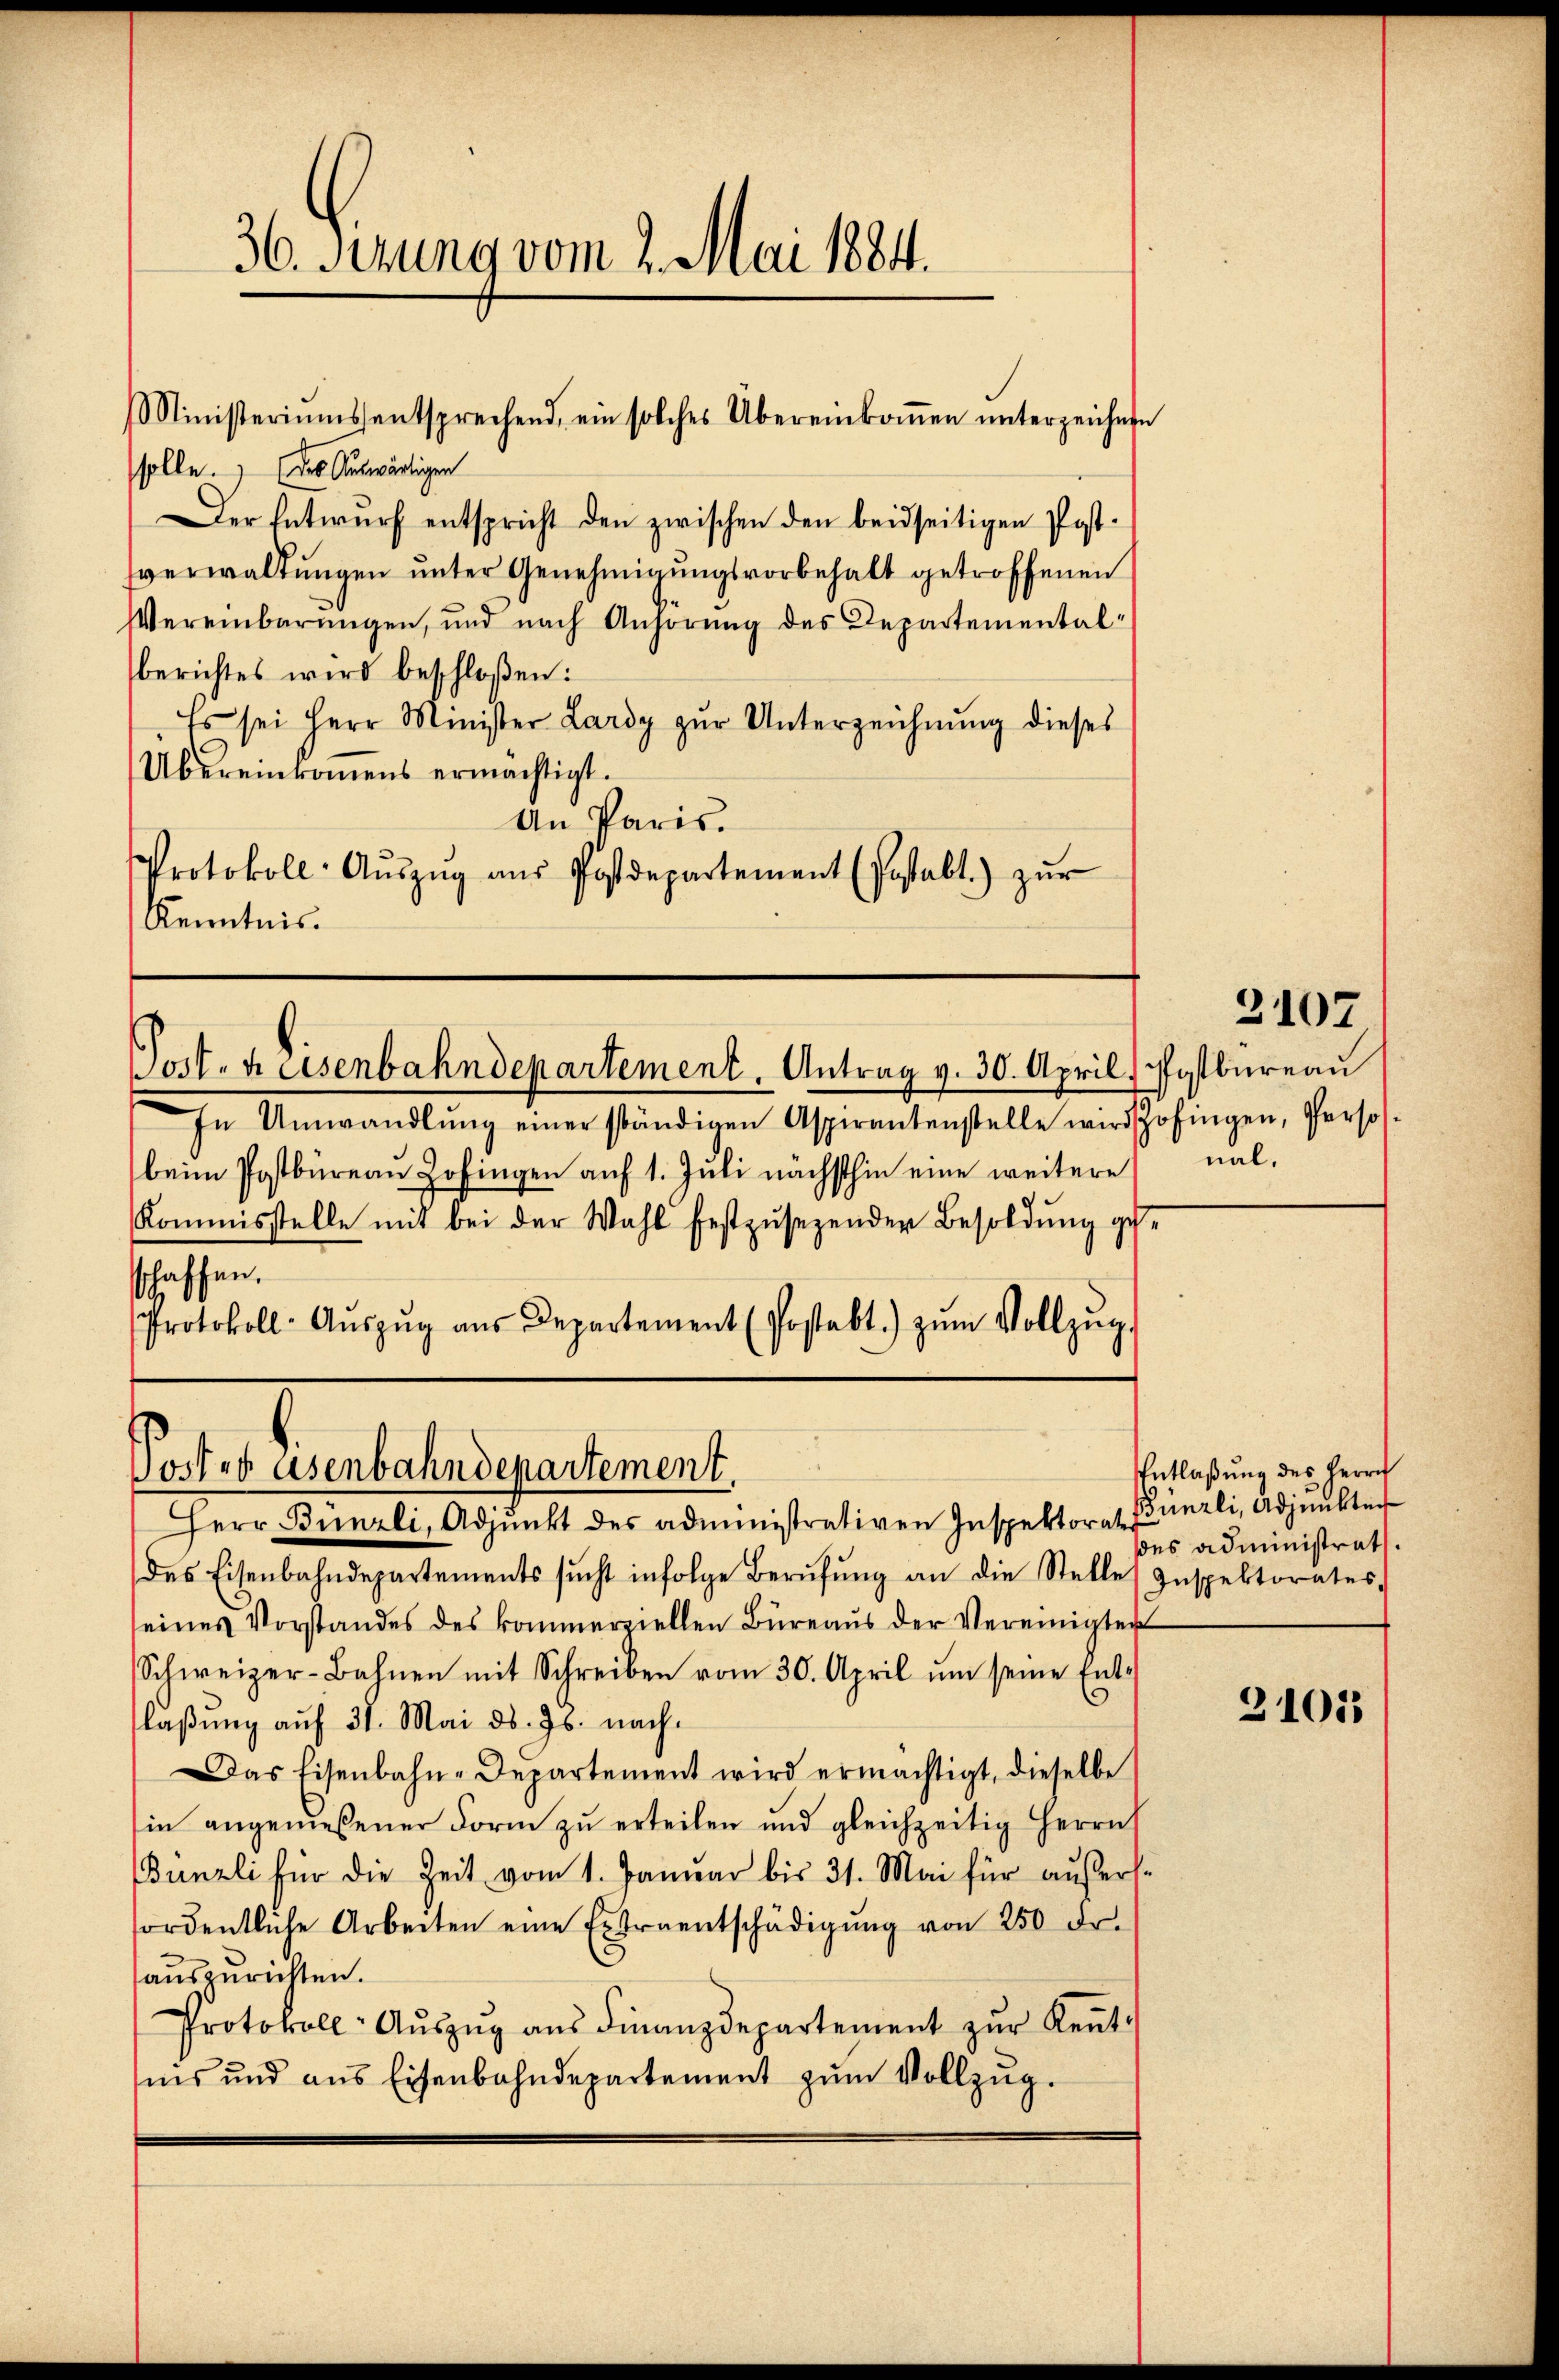
36. Denung vom 2. Mai 1884.

solle. Das Auswärtigen
Der Entwurf entspricht den zwischen den beidseitigen Postsverwaltungen unter Genehmigungsvorbehalt getroffenen
Vereinbarungen, und nach Anhörung des Departementalberichtes wird beschloßen:
Es sei Herr Minister Lardy zŭr Unterzeichnŭng dieses
Übereinkomens ermächtigt.
An Paris.
Protokoll: Aŭszŭg aŭs Postdepartement (Postalt) zŭr
Kenntnis.

Ministeriums entsprechend, ein solches Übereinkoṁen ŭnterzeichnen

In Umwandlŭng einer ständigen Aspirantenstelle wird Zofingen, Perso-
beim Postbüreau Zofingen auf 1. Juli nächsthin eine weitere
Kommisstelle mit bei der Wahl festzusezenden Besoldung geschaffen.
Protokoll- Aŭszŭg aŭs Departement (Postabt) zŭm Vollzŭg.

Post. v. Eisenbahndepartement. Antrag v. 30. April, Postbüreau

Post es asenbahndepartement.

Herr Bünzli, Adjunkt des administrativen Inspektorat Künzli, Adjunkten
des Eisenbahndepartements sŭcht infolge Berŭfŭng an die Stelle Inspektorates.
seines Vorstandes des kommerziellen Büreaŭs der Vereinigter
Schweizer-Bahnen mit Schreiben vom 30. April ŭm seine Ent-
laßung auf 31. Mai d. Js. nach¬
Das Eisenbahn-Departement wird ermächtigt, dieselbe
in angemeßener Form zu erteilen und gleichzeitig Herrn
Bünzli für die Zeit vom 1. Januar bis 31. Mai für außersordentliche Arbeiten eine Extraentschädigŭng von 250 Fr.
auszurichten.
Protokoll- Aŭszŭg aŭs Finanzdepartement zŭr Reŭt.
sins und ans Eisenbahndepartement zŭm Vollzŭg.

nal.

2107

Entlaßung des Herrn
ddes administrat.

31015